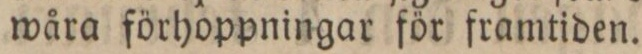
wåra förhoppningar för framtiden.